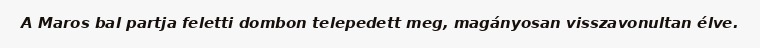
A Maros bal partja feletti dombon telepedett meg, magányosan visszavonultan élve.